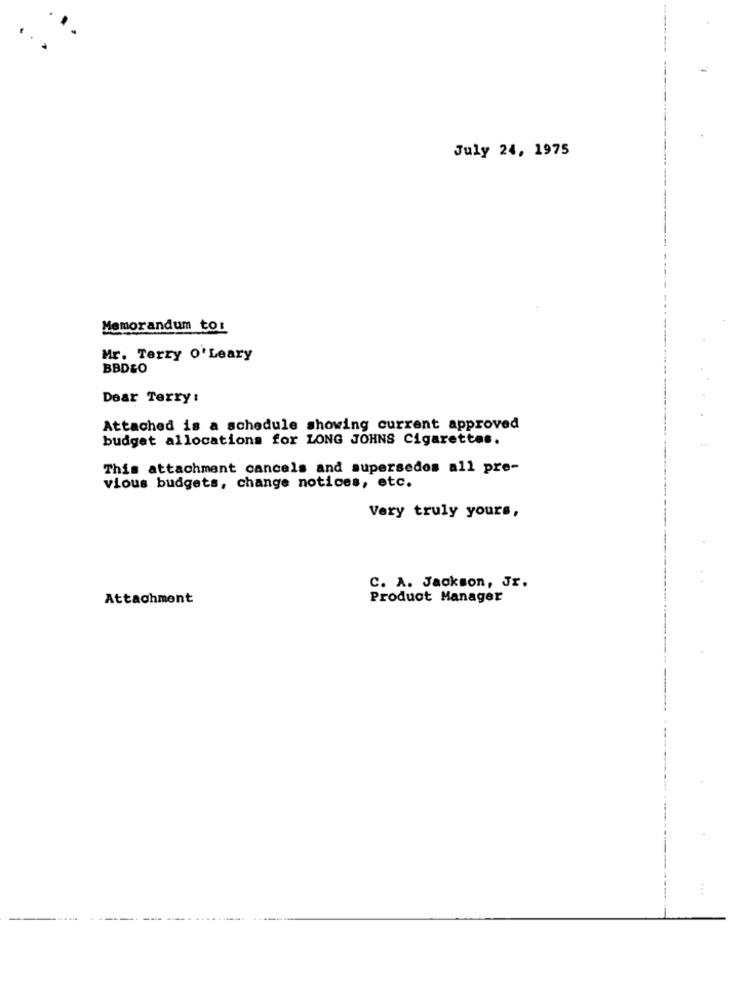
July 24, 1975
Memorandum to:
Mr. Terry O' Leary
BBD&O
Dear Terry :
Attached is a schedule showing current approved
budget allocations for LONG JOHNS Cigarettes.
This attachment cancels and supersedos all pre-
vious budgets, change notices, etc.
Very truly yours,
C. A. Jackson, Jr.
Attachment
Product Manager